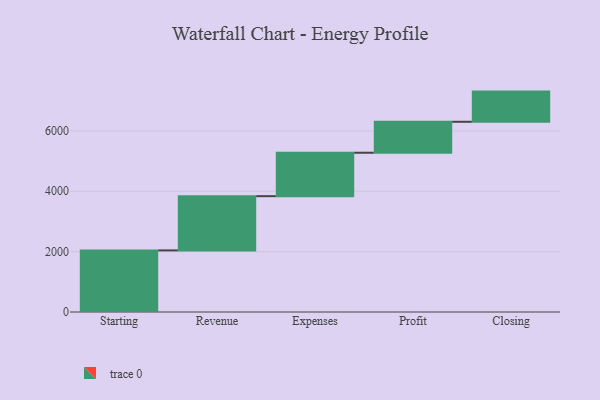
{"axis": {"x": "Step", "y": "Value"}, "legend": [""], "data": [{"x": "Starting", "y": 2041.0, "type": ""}, {"x": "Revenue", "y": 1797.0, "type": ""}, {"x": "Expenses", "y": 1439.0, "type": ""}, {"x": "Profit", "y": 1026.0, "type": ""}, {"x": "Closing", "y": 1000, "type": ""}]}